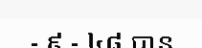
- ៩ - ៤៨ បាន